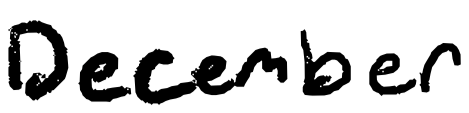
Text: December
Cross-out: clean
Writing tool: digital_black